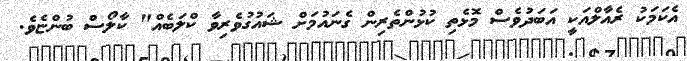
އެކަމަކު ރެއާލްއަކީ އަބަދުވެސް މޮޅެތި ކުޅުންތެރިން ގެނައުމަށް ޝައުގުވެރިވާ ކްލަބެއް" ކާލޯސް ބުންޏެވެ.